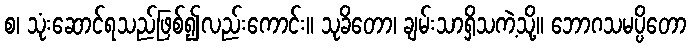
စ၊ သုံးဆောင်ရသည်ဖြစ်၍လည်းကောင်း။ သုခိတော၊ ချမ်းသာရှိသကဲ့သို့။ ဘောဂသမပ္ပိတော